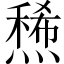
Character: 𤏤